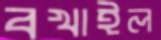
বখাইল